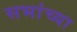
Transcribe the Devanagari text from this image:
सभांच्या